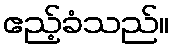
ဧည့်ခံသည်။